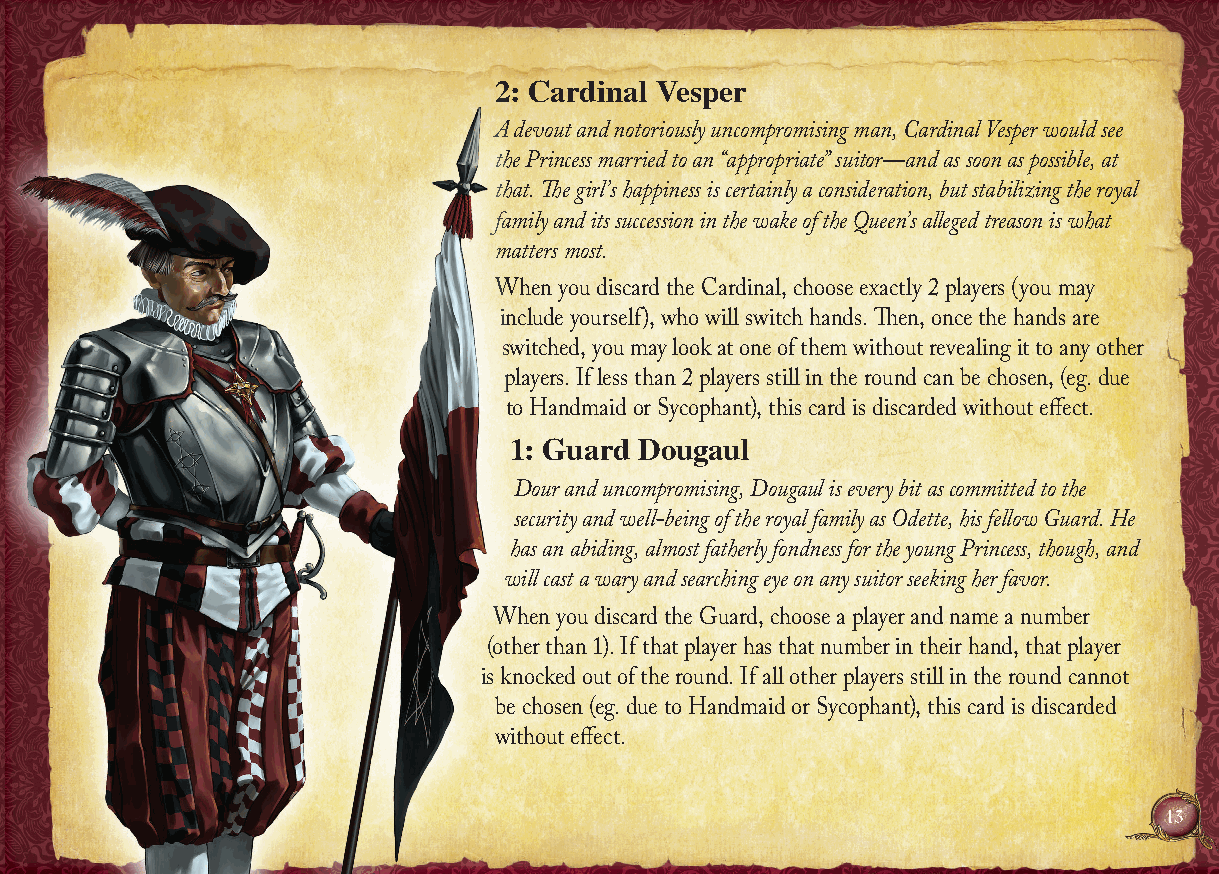
2: Cardinal Vesper
 A devout and notoriously uncompromising man, Cardinal Vesper would see
 the Princess married to an “appropriate” suitor—and as soon as possible, at
 that. The girl’s happiness is certainly a consideration, but stabilizing the royal
 family and its succession in the wake of the Queen’s alleged treason is what
 matters most.
 When you discard the Cardinal, choose exactly 2 players (you may
 include yourself), who will switch hands. Then, once the hands are
 switched, you may look at one of them without revealing it to any other
 players. If less than 2 players still in the round can be chosen, (eg. due
 to Handmaid or Sycophant), this card is discarded without effect.
 1: Guard Dougaul
 Dour and uncompromising, Dougaul is every bit as committed to the
 security and well-being of the royal family as Odette, his fellow Guard. He
 has an abiding, almost fatherly fondness for the young Princess, though, and
 will cast a wary and searching eye on any suitor seeking her favor.
 When you discard the Guard, choose a player and name a number
 (other than 1). If that player has that number in their hand, that player
 is knocked out of the round. If all other players still in the round cannot
 be chosen (eg. due to Handmaid or Sycophant), this card is discarded
 without effect.
 13